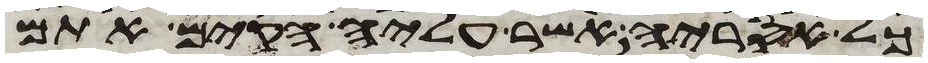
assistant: כל אסריה אשר עליה הקים אתם